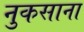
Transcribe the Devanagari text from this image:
नुकसाना